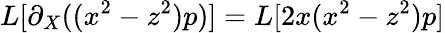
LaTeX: L[\partial_{X}((x^{2}-z^{2})p)]=L[2x(x^{2}-z^{2})p]